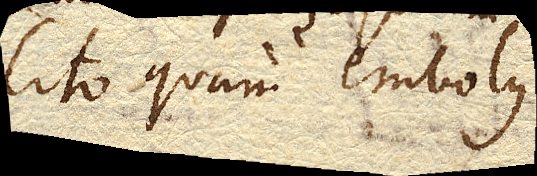
cito quam embolus.